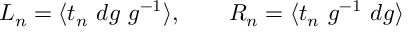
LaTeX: L _ { n } = \langle t _ { n } ~ d g ~ g ^ { - 1 } \rangle , ~ ~ ~ ~ ~ ~ R _ { n } = \langle t _ { n } ~ g ^ { - 1 } ~ d g \rangle